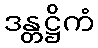
ဒန္တဋ္ဌိကံ